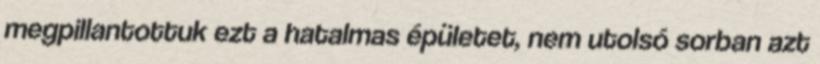
megpillantottuk ezt a hatalmas épületet, nem utolsó sorban azt